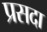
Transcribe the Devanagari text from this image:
प्रसदा